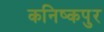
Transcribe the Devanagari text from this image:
कनिष्कपुर